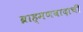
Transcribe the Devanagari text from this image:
ब्राह्मणवादाची